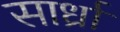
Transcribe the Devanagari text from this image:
सार्ध्रां